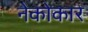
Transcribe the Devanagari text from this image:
नेकोकार